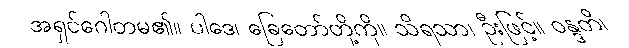
အရှင်ဂေါတမ၏။ ပါဒေ၊ ခြေတော်တို့ကို။ သိရသာ၊ ဦးဖြင့်။ ဝန္ဒတိ၊